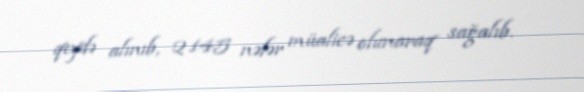
qeydə alınıb, 2 145 nəfər müalicə olunaraq sağalıb.